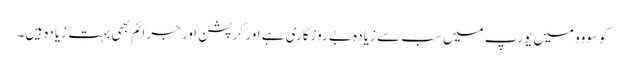
کوسووو میں یورپ میں سب سے زیادہ بے روزگاری ہے اور کرپشن اور جرائم بھی بہت زیادہ ہیں۔